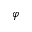
\varphi